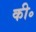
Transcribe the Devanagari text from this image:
की॰